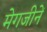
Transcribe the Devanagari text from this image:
मेगजीनें